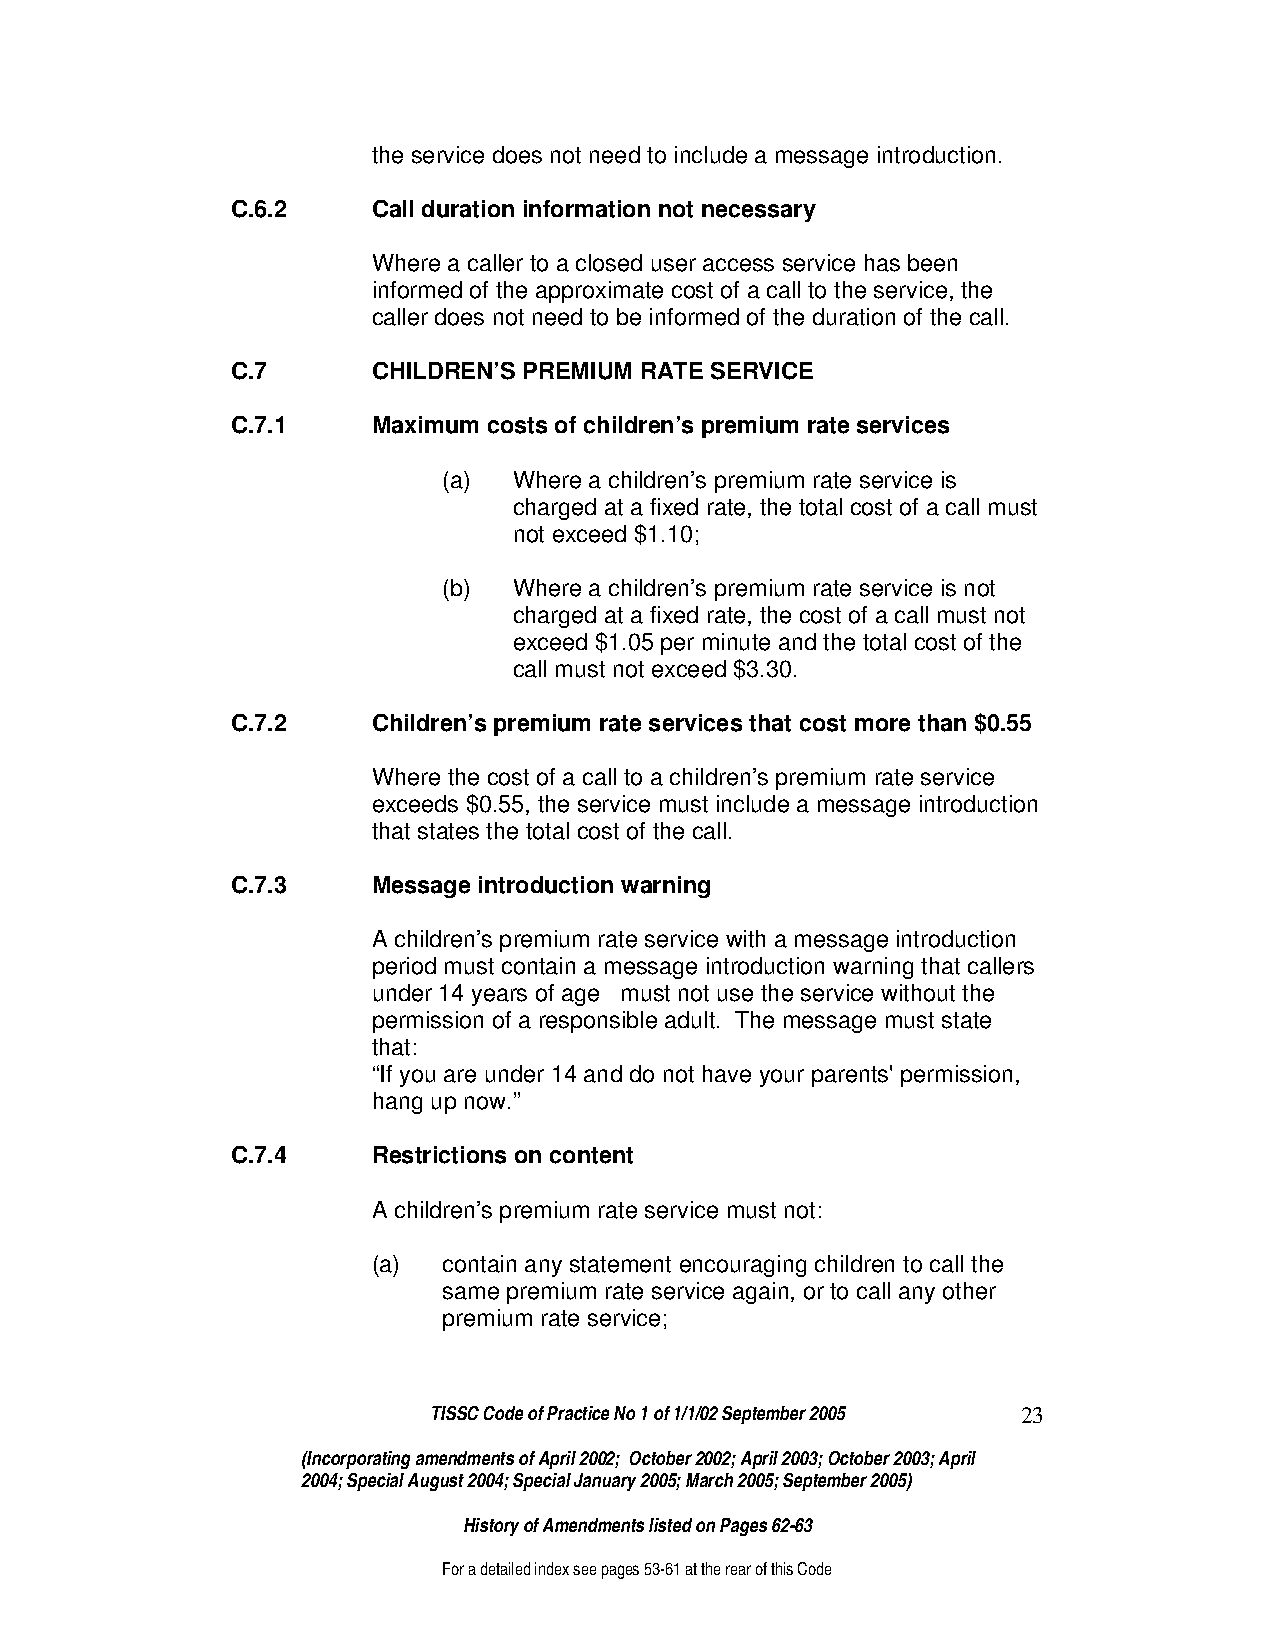
the service does not need to include a message introduction.
 C.6.2     Call duration information not necessary
 Where a caller to a closed user access service has been
 informed of the approximate cost of a call to the service, the
 caller does not need to be informed of the duration of the call.
 C.7       CHILDREN’S PREMIUM RATE SERVICE
 C.7.1     Maximum costs of children’s premium rate services
 (a)  Where a children’s premium rate service is
 charged at a fixed rate, the total cost of a call must
 not exceed $1.10;
 (b)  Where a children’s premium rate service is not
 charged at a fixed rate, the cost of a call must not
 exceed $1.05 per minute and the total cost of the
 call must not exceed $3.30.
 C.7.2     Children’s premium rate services that cost more than $0.55
 Where the cost of a call to a children’s premium rate service
 exceeds $0.55, the service must include a message introduction
 that states the total cost of the call.
 C.7.3     Message introduction warning
 A children’s premium rate service with a message introduction
 period must contain a message introduction warning that callers
 under 14 years of age must not use the service without the
 permission of a responsible adult. The message must state
 that:
 “If you are under 14 and do not have your parents' permission,
 hang up now.”
 C.7.4     Restrictions on content
 A children’s premium rate service must not:
 (a) contain any statement encouraging children to call the
 same premium rate service again, or to call any other
 premium rate service;
 TISSC Code of Practice No 1 of 1/1/02 September 2005 23
 (Incorporating amendments of April 2002; October 2002; April 2003; October 2003; April
 2004; Special August 2004; Special January 2005; March 2005; September 2005)
 History of Amendments listed on Pages 62-63
 For a detailed index see pages 53-61 at the rear of this Code